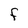
Character: F